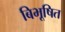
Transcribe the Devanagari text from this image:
बिभूषित